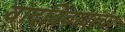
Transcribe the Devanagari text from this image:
वादविवादांचा